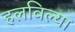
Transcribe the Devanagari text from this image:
हलविल्या